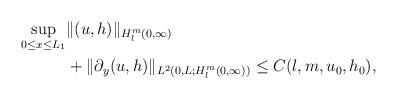
LaTeX: \begin{align*}\begin{aligned}\sup\limits_{0\leq x\leq L_1}&\Vert (u,h)\Vert_{H^m_l(0,\infty)}\\&+\Vert \partial_y(u,h)\Vert_{L^2(0,L;H^m_l(0,\infty))}\leq C(l,m,u_0,h_0),\end{aligned}\end{align*}